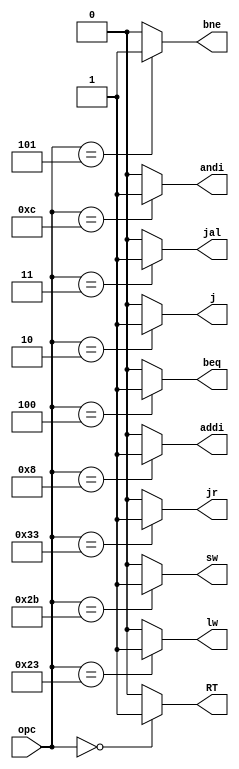
module OpcDCD(opc, RT, addi, andi, lw, sw, j, jal, jr, beq, bne);
input [5:0]opc;
output reg RT;
output reg addi;
output reg andi;
output reg lw;
output reg sw;
output reg j;
output reg jal;
output reg jr;
output reg beq;
output reg bne;

	always @(opc) begin
		{RT, addi, andi, lw, sw, j, jal, jr, beq, bne} = 10'b0;
		case(opc)
			6'b000000: RT = 1'b1;
			6'b001000: addi = 1'b1;
			6'b001100: andi = 1'b1;
			6'b100011: lw = 1'b1;
			6'b101011: sw = 1'b1;
			6'b000010: j = 1'b1;
			6'b000011: jal = 1'b1;
			6'b110011: jr = 1'b1;
			6'b000100: beq = 1'b1;
			6'b000101: bne = 1'b1;
		endcase
	end
endmodule